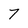
Character: 7